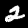
Digit: 2